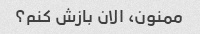
ممنون، الان بازش کنم؟